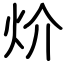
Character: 炌